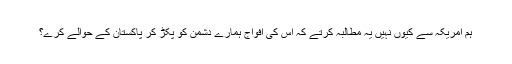
ہم امریکہ سے کیوں نہیں یہ مطالبہ کرتے کہ اس کی افواج ہمارے دشمن کو پکڑ کر پاکستان کے حوالے کرے؟